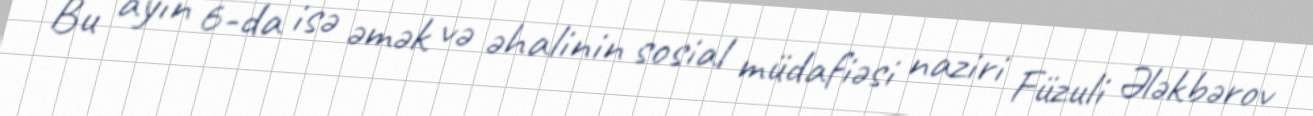
Bu ayın 6-da isə əmək və əhalinin sosial müdafiəsi naziri Füzuli Ələkbərov